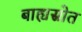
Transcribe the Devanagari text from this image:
बाह्यस्रोत